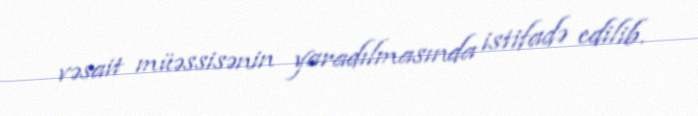
vəsait müəssisənin yaradılmasında istifadə edilib.